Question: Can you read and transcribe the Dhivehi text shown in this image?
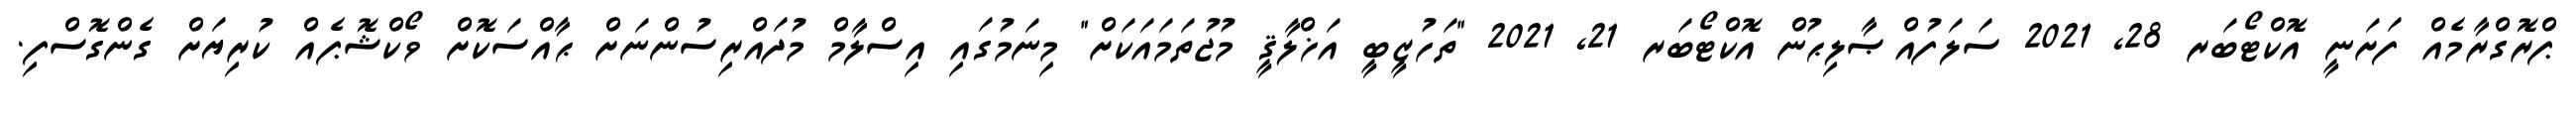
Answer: ޕްރޮގްރާމެއް ފަށަނީ އޮކްޓޯބަރ 28, 2021 ސަލަފުއްޞާލިޙުން އޮކްޓޯބަރ 21, 2021 "ތަހުޒީބީ އަޚްލާޤީ މުޖުތަމައަކަށް" މިނަމުގައި އިސްލާމް މުދައްރިސުންނަށް ޙާއްސަކޮށް ވޯކްޝޮޕެއް ކުރިޔަށް ގެންގޮސްފި.